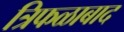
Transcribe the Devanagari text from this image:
त्रिफळाबाद